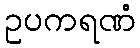
ဥပကရဏံ